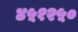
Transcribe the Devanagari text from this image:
४५१२५०